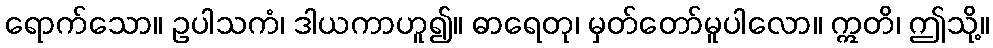
ရောက်သော။ ဥပါသကံ၊ ဒါယကာဟူ၍။ ဓာရေတု၊ မှတ်တော်မူပါလော။ ဣတိ၊ ဤသို့။